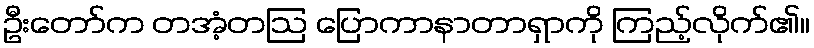
ဦးတော်က တအံ့တဩ ပြောကာနာတာရှာကို ကြည့်လိုက်၏။